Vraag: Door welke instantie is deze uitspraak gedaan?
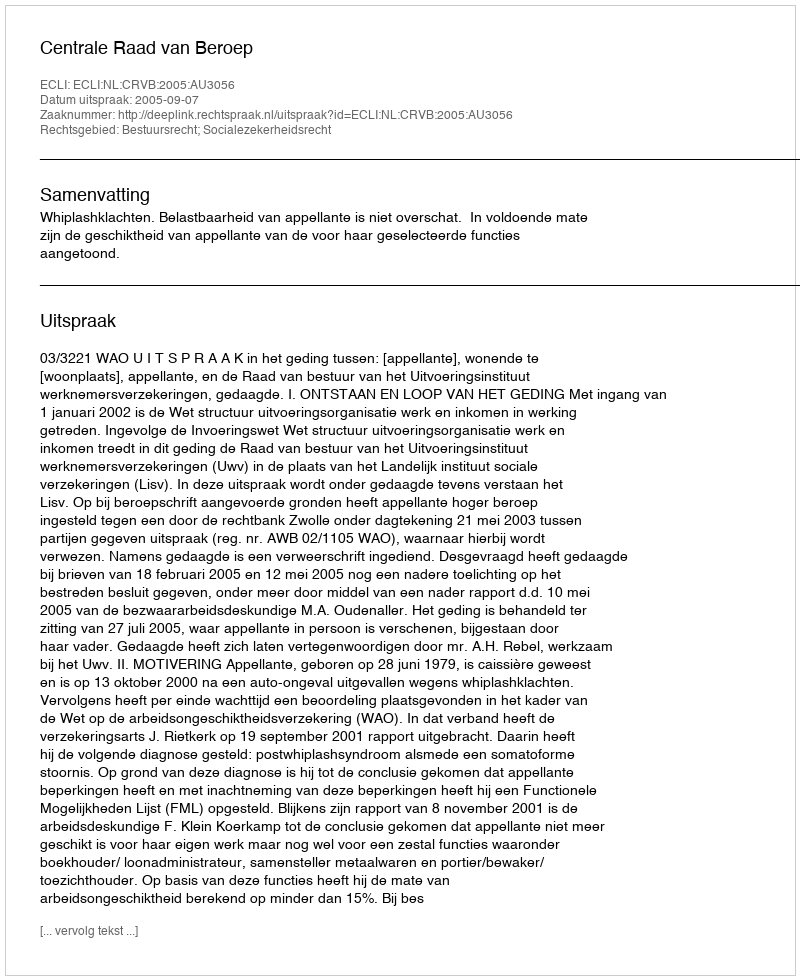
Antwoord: Centrale Raad van Beroep